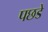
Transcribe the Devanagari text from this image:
पछडे